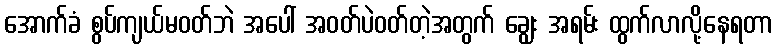
အောက်ခံ စွပ်ကျယ်မဝတ်ဘဲ အပေါ် အဝတ်ပဲဝတ်တဲ့အတွက် ချွေး အရမ်း ထွက်လာလို့နေရတာ